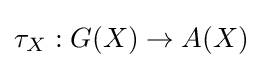
\tau _{X}:G(X)\to A(X)